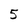
Character: 5